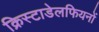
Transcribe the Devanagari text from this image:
क्रिस्टाडेलफियनों